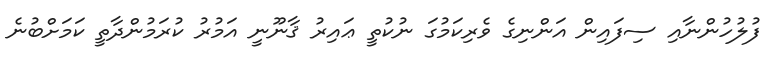
ފުލުހުންނާއި ސިފައިން އަންނިގެ ވެރިކަމުގަ ނުކުތީ ޢައިރު ޤާނޫނީ އަމުރު ކުރަމުންދާތީ ކަމަށްބުނެ